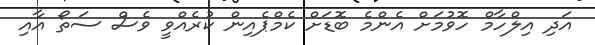
އަދި އިލްހާމް ހޮވުމަށް އެންމެ ބޮޑަށް ކެމްޕެއިން ކުރެއްވީ ވެސް ސަތޯ އާއި